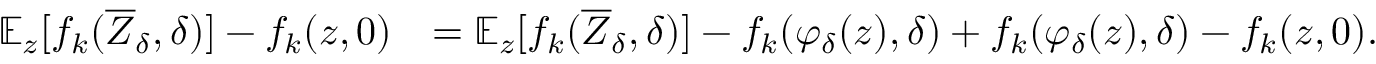
\begin{array} { r l } { \mathbb { E } _ { z } [ f _ { k } ( \overline { { Z } } _ { \delta } , \delta ) ] - f _ { k } ( z , 0 ) } & { = \mathbb { E } _ { z } [ f _ { k } ( \overline { { Z } } _ { \delta } , \delta ) ] - f _ { k } ( \varphi _ { \delta } ( z ) , \delta ) + f _ { k } ( \varphi _ { \delta } ( z ) , \delta ) - f _ { k } ( z , 0 ) . } \end{array}